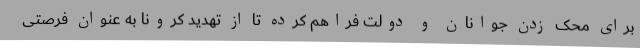
برای محک زدن جوانان و دولت فراهم کرده تا از تهدید کرونا به عنوان فرصتی